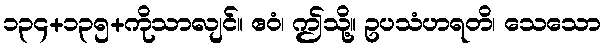
၁၃၄+၁၃၅+ကိုသာလျင်။ ဧဝံ၊ ဤသို့။ ဥပသံဟရတိ၊ သေသော